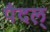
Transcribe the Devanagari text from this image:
पैदल्